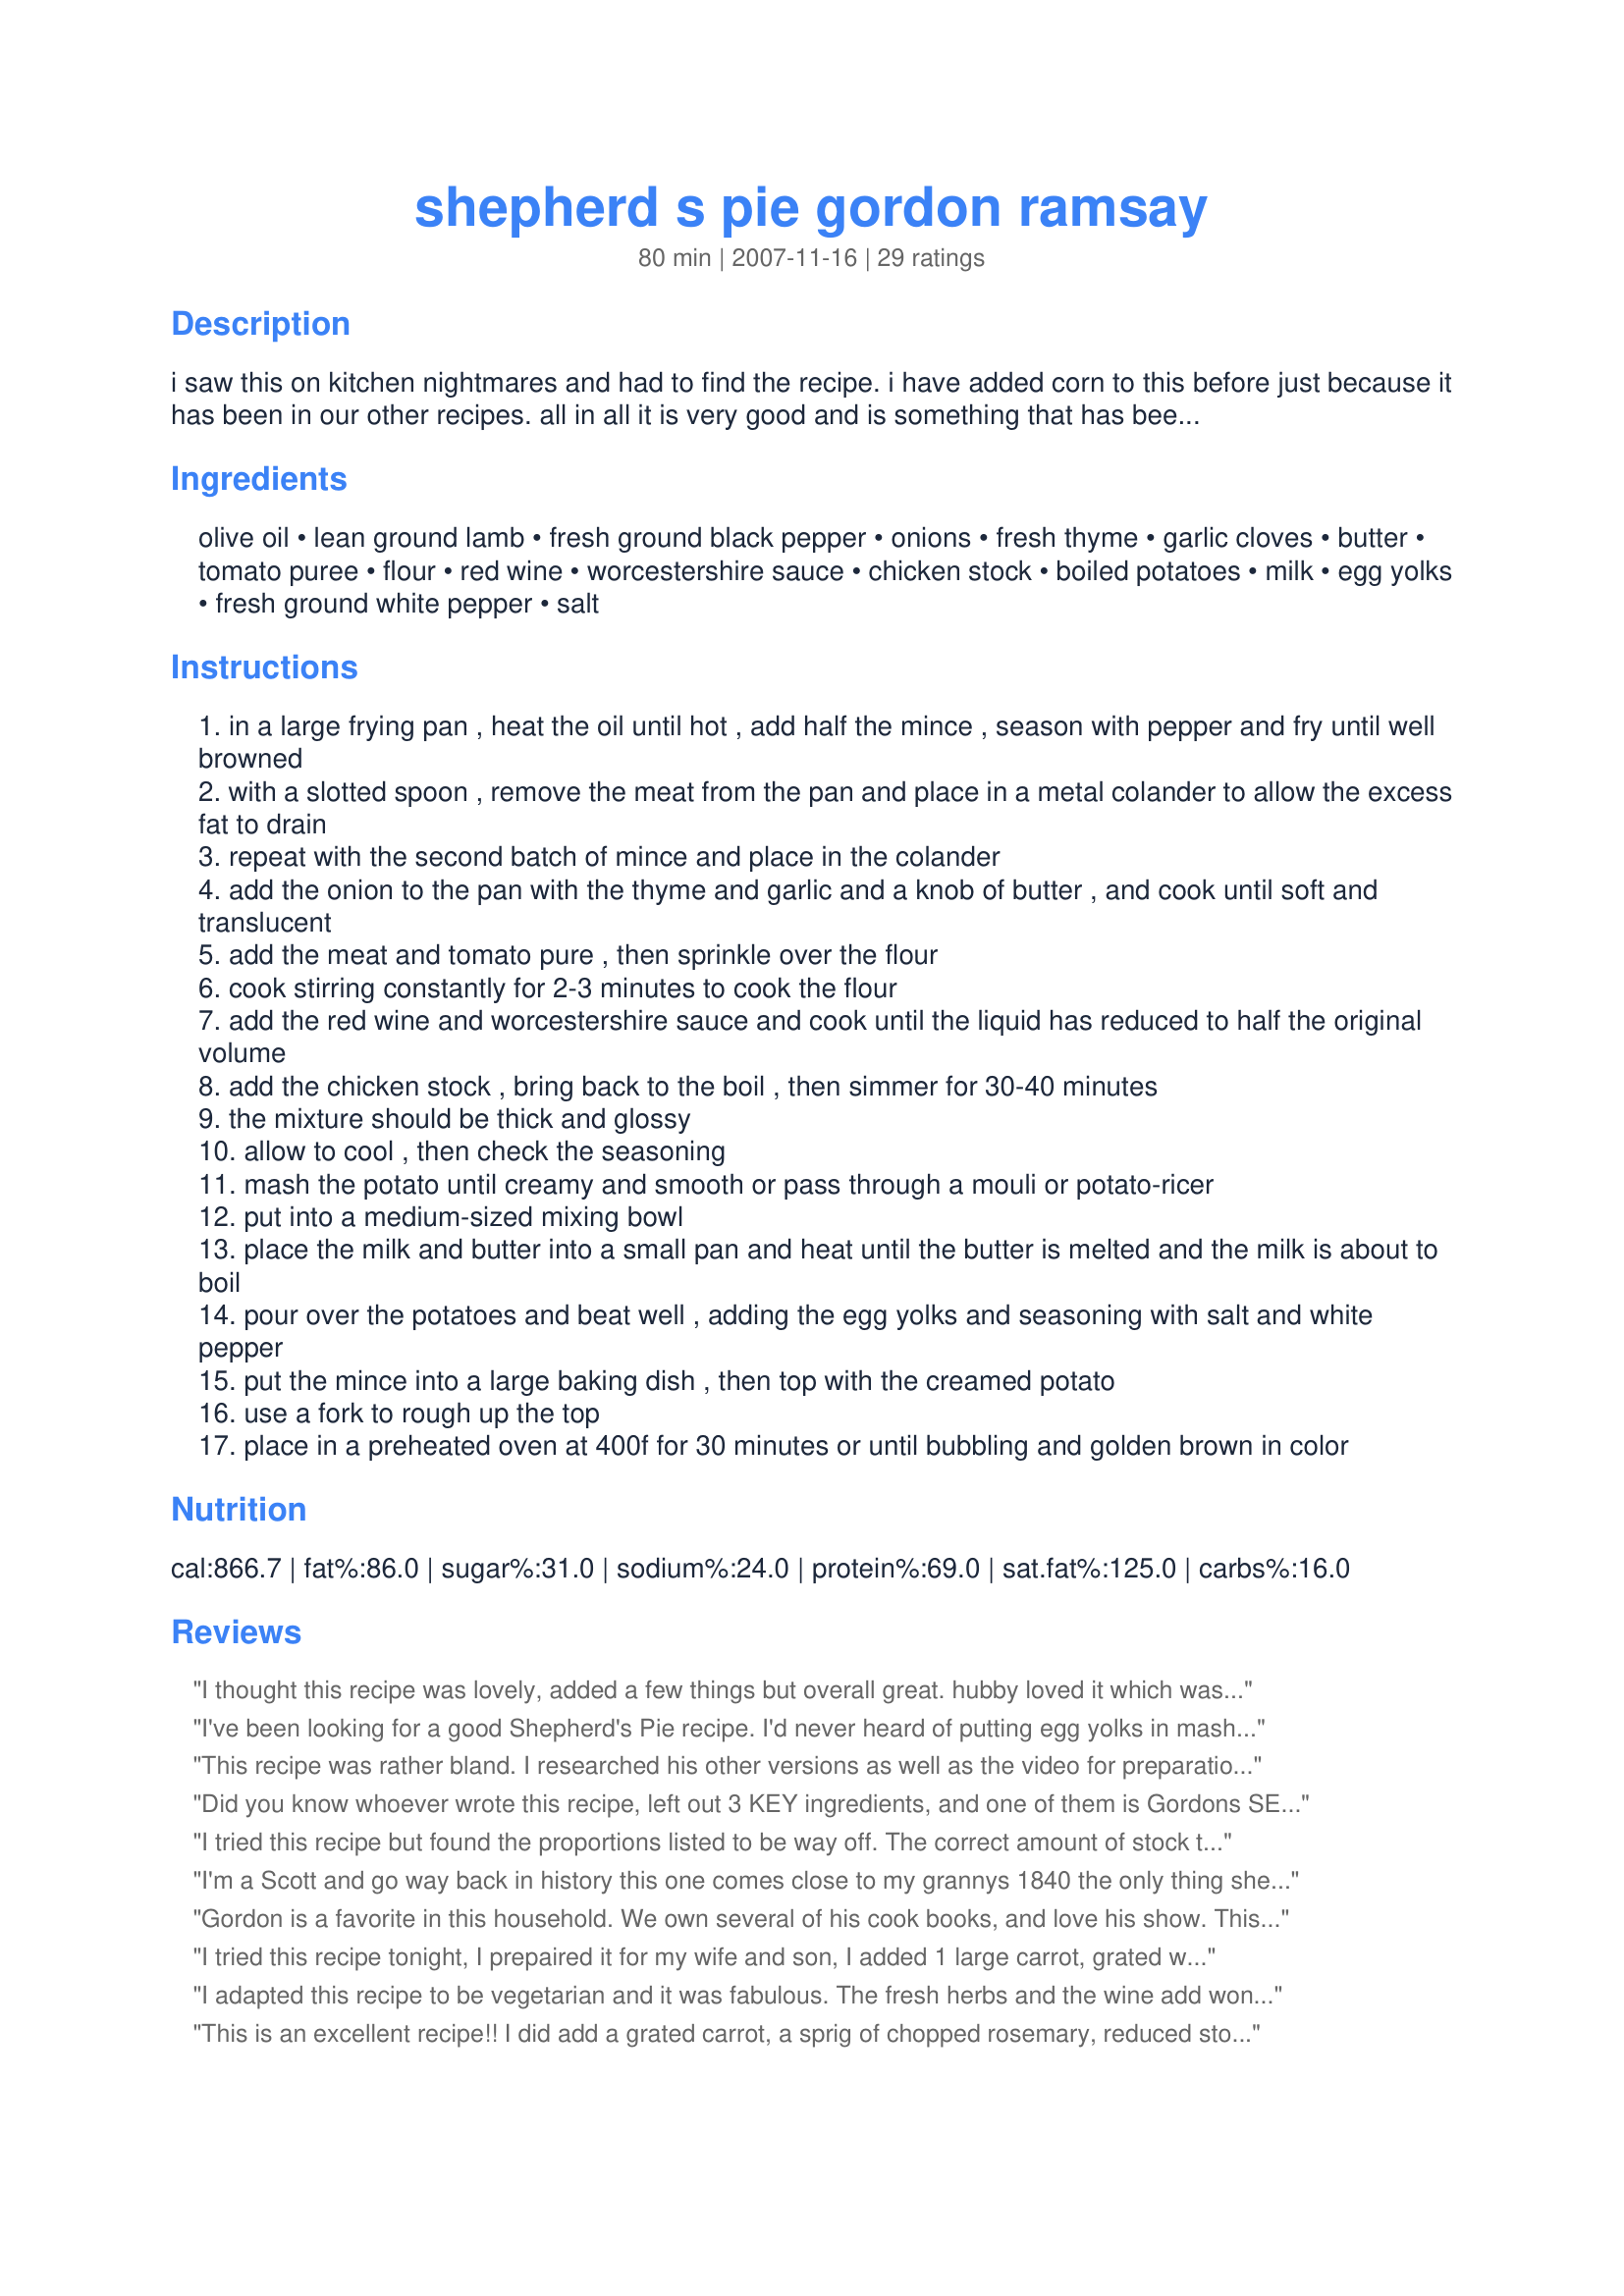
shepherd s pie gordon ramsay
Preparation time: 80 minutes

i saw this on kitchen nightmares and had to find the recipe. i have added corn to this before just because it has been in our other recipes. all in all it is very good and is something that has been a hit in our family.

Ingredients:
olive oil, lean ground lamb, fresh ground black pepper, onions, fresh thyme, garlic cloves, butter, tomato puree, flour, red wine, worcestershire sauce, chicken stock, boiled potatoes, milk, egg yolks, fresh ground white pepper, salt

Steps:
in a large frying pan , heat the oil until hot , add half the mince , season with pepper and fry until well browned
with a slotted spoon , remove the meat from the pan and place in a metal colander to allow the excess fat to drain
repeat with the second batch of mince and place in the colander
add the onion to the pan with the thyme and garlic and a knob of butter , and cook until soft and translucent
add the meat and tomato pure , then sprinkle over the flour
cook stirring constantly for 2-3 minutes to cook the flour
add the red wine and worcestershire sauce and cook until the liquid has reduced to half the original volume
add the chicken stock , bring back to the boil , then simmer for 30-40 minutes
the mixture should be thick and glossy
allow to cool , then check the seasoning
mash the potato until creamy and smooth or pass through a mouli or potato-ricer
put into a medium-sized mixing bowl
place the milk and butter into a small pan and heat until the butter is melted and the milk is about to boil
pour over the potatoes and beat well , adding the egg yolks and seasoning with salt and white pepper
put the mince into a large baking dish , then top with the creamed potato
use a fork to rough up the top
place in a preheated oven at 400f for 30 minutes or until bubbling and golden brown in color

Reviews:
I thought this recipe was lovely, added a few things but overall great. hubby loved it which was the main thing.
Will use this for a nice easy meal for winter for sure.
I've been looking for a good Shepherd's Pie recipe. I'd never heard of putting egg yolks in mashed potatoes....must be an English thing. hehe. Very good recipe though. I love watching Kitchen Nightmares!! I think I saw this episode and too and thought, "Wow! That looks good!"

Thanks for posting.
This recipe was rather bland. I researched his other versions as well as the video for preparation on this dish from the F-Word. I am a huge fan of Gordon Ramsay, but have not been impressed by his recipes. He suggests chopping the onion, carrots, and garlic very fine so that they dissolve into the mince. It still leads to a rather bland pie. I have made this recipe multiple times, as I am a perfectionist and wanted to redeem my faith in his recipes, but to no avail. Up the garlic, add more salt, oregano, and anise. Anise will make this dish. I also added a thin layer of cheese (shredded cheddar) between the meat filling and the potatoes. Add quite a bit of parm cheese to the potato topping as it will taste better and brown nicely. I also added a bit of flour to the meat mixture so it would thicken. Still heartbroken that his recipes are not my favorite...
Did you know whoever wrote this recipe, left out 3 KEY ingredients, and one of them is Gordons SECRET ingredient. Look at the video on youtube.
I tried this recipe but found the proportions listed to be way off. The correct amount of stock to add is much less than one litre 300 ml would be closer to the right amount.
I'm a Scott and go way back in history this one comes close to my grannys 1840 the only thing she didn't have is ceramic dish
Gordon is a favorite in this household. We own several of his cook books, and love his show. This happens to be one of our favorite recipes. We've used it a lot. It also tastes wonderful as a Cottage pie with ground beef instead of lamb. Thanks for sharing this awesome recipe!
I tried this recipe tonight, I prepaired it for my wife and son, I added 1 large carrot, grated with a cheese grater, and instead of red wine I used a white merlot, Also instead of Ground beef I used a London broil, and pulled it apart rather then cut it. It gave it a great texture and it was literally one of the best meals I have ever eaten, No exaggeration. Absolutely delicious. Thank you CamKayNic, and Gordon Ramsey.....
I adapted this recipe to be vegetarian and it was fabulous. The fresh herbs and the wine add wonderful flavor to this dish and it smells amazing cooking. It's a wonderful comfort food delight. The vegetarian version really doesn't change the recipe other than to exclude the meat and incorporate peas, carrots and green beans - fresh if possible, but frozen - even left-over frozen veggies works great.
This is an excellent recipe!! I did add a grated carrot, a sprig of chopped rosemary, reduced stock to 2 cups and reduced red wine to 6 ounces. I followed everything else exactly in the mince. I did in fact simmer the mince after adding the liquids for approximately 40 minutes to get a thick and glossy texture. (Make sure you following directions and drain the lamb after cooking!) Prior to reducing the liquids, the mince was way too juicy for a pie. I am aware of the utube clip showing Ramsay simmering for no more than 3-4 minutes however that's not how things worked out for me even after reducing the stock in half (perhaps he used less stock than this recipe calls for? ). I did keep an eye on the mince and constantly stirred the mince during the simmer so it would not burn. Use your best judgement while creating this masterpiece! I did add more Parmesan to the potatoes based on my family's taste. The potatoes browned very nicely. The dish was SO delicious!!! Even my 16 year old son who claims he hates lamb loved it!! He actually texted me 2 hours later asking me to teach him how to make the dish and asked me to make it again soon. That's a huge win for me!! (He is an aspiring teen chef who plans to attend culinary school as well after high school.) My husband raved about it all night and asked me to make it again next week : D He said there was no way he could finish the portion I served him..... his dish was empty by the time we all finished!!! Yes!! Based on my 'boys' requests, I may add peas the next time I make it since mt family ove peas. Anytime I can sneak in more veggies I do! Thank you so much for posting this exquisite recipe!! My husband and I had the Shepherds Pie at Gordon Ramsay Pub and Grill in Vegas last month. It was to die for!!!!!!!!! Absolutely worth going back there just to eat the Shepherds Pie!! (Lamb chops were amazing as well!!). My husband loved the Pie so much I had to try to recreate it at home. I hope u enjoy this recipe as much as my family did!! Thanks again for posting this awesome recipe!!
I love Chef Ramsay so what could I do but try this recipe? Awesome! Thanks sooo much!
This was okay, but my wife's shepards pie is better... Had to try it since it was a Gordon Ramsey dish... I hope that it was something that I did wrong, but I won't try it again unless I use beef. Ground lamb costs too much for a mediocre dish... Thanks for posting though!
I too was inspired to try this recipe after seeing the Kitchen Nightmares episode. I have submitted my own photos which may be added by the moderators. My variation to this core recipe (as others have suggested) is the addition of shredded carrot. I also added cut fresh green beans. I've previously added corn and peas - depends on my mood. I've also posted some pics on FB:

http://www.facebook.com/album.php?aid=72427&id=592797950&l=1cbe84ba79
This was good, but not special. I made it with ground beef and added carrots and green beans. My husband topped his with ketchup Australian-style. It is definitely comfort food, but may not be the recipe for me.
I thought this was good and a nice change from how I usually make it. I followed your recipe, but added shredded carrots to the mix. I loved the potatoes, but the beef mix was a little flavorless. Once I added the broth, it took 45 mins. to thicken up, so plan ahead! Thanks CamKayNic for posting this here, I'm glad I tried it!
Si made this for dinner tonight & we thoroughly enjoyed - I'm pretty sure he's eaten enough for 3 people so far & there's still a while yet before bedtime lol! He took ChefNikolai's advice with the additions & they seemed to work really well. A simple & effective recipe - thanks for posting :)
Haven't made this yet, but did just watch a youtube video of Ramsay himself making this very dish. There is definitely something wrong with the instructions here. After adding the chicken stock, Chef Ramsay clearly says, &quot;I cook it out for 3 to 4 minutes, no more than that&quot;. The recipe above says to simmer 30 - 40 minutes. So, something is definitely off here. The link to his youtube video is: https://www.youtube.com/watch?v=OJB3_asB2rc While he doesn't give you amounts of the ingredients, I think it would be fairly easy to figure out if you do enough cooking. Might not be exact, but I'm gonna give it a go tonight.
It's really awesome with beef. We don't like lamb all that much so we substituted -- great results. This is a fantastic recipe. We added frozen veggies to the meat, also and it was even better. Highly recommended.
Nothing special, personally I think you're using too much of some ingredients and omitting others.<br/><br/>Note: Can't believe what I'm reading up there, "adaptation to vegetarian... really doesn't change the recipe", unbelievable, meat pie without meat.. As Gordon would say fu**ing hell, what are you playing at?
Awesome!!!!!!
GREAT recipe, I just added about 2-3 carrots that I chopped into small cubes and that added an extra bit of flavor that was delicious. Just through them in at the same time you put the onions in to sweat.
I used this recipe to make a cottage pie with beef instead of lamb. It was the best one I've ever had. Frankly, it didn't need the carrot, although that probably would have been good. I'm extremely glad I didn't use rosemary, as that stuff always tastes moldy to me. I also used water and a beef concentrate (2 Tb.) instead of chicken stock. I used Bob Evans mashed potatoes with romano cheese and herbs. Kinda embarrassing to admit, but it really worked great.
How could you forget the rosemary. You can&#039;t get much more Irish than ROSE-MARY.

As the guy above says, and substitute lamb broth for chicken broth. Most large grocery stores sell lamb bullion. If you can&#039;t find that, use a beef broth, especially if you do the red wine reduction. Don&#039;t mix red and white meats.

I also like to add mushrooms. Ireland is damp, right?
This recipe calls for 1 liter of chicken stock, which is over 4 cups, when the original recipe calls for 300 ml chicken stock, which is a cup an a half. That may be why people are having issues with the recipe. Here's a link to the original recipe that was seen on The F Work...
http://www.channel4.com/food/recipes/chefs/gordon-ramsay/shepherds-pie-recipe_p_1.html
I just made Chef RRamsay&#039;s Shepard&#039;sPie and was very disappointed in how it came out. It called for 1 liter chicken stock which I was a little skeptical about at first because too much liquid and just as I thought mymeat mixture was very soupy. I added more flour and hheated for well beyond the 30-40 min time given in recipe. I even had to add more flour to thicken it up. I feel this recipe was not very precise in ingredients and Ifeel it was very bland and lacking something. The liquid never seemed to dissolve no matter how long I cooked for. The amount of chicken stock was way too much. Won&#039;tbe trying again. :(((
Just for the record - If you make this with lamb, it is shepherds pie, if you make it with beef it is called cottage pie, obvious really.
I'm sorry but this is just way too much work for a casserole. All in one dishes are supposed to be quick and simple. This one is not. Here's a trick. Take mirepoix, beef or lamb cut into cubes, garlic. Saute until meat is brown, onion is tender. Add butter, flour. Add tomatoes, wine, worchestershire, spices. Top with mashed potatoes, cheese and bake till browned and bubbly. There. much easier. No measuring. Great result.
As good as this recipe is, it is missing a few of Chef Ramsay's key ingredients. His also calls for
-1 large carrot, finely grated (cooked same time as onions)
-handful of thyme sprigs, leaves picked,
-sprig of rosemary, needles chopped
(herbs added with the tomato puree)
Lastly, his recipe calls for 2 TB grated Parmesan to be mixed in with the potatoes and more sprinkled on top before baking.
These few extra ingredients really make the difference.
This is hands down one of the best 'casseroles' that have ever come out of my kitchen!! DH LOVES it!! I did add the grated carrot.
Thank you for posting ! After seeing this on Kitchen Nightmares...we also HAD to try it!
